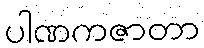
ပါဏကဇာတာ